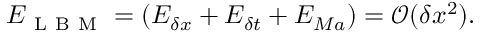
E _ { \mathrm { ~ L ~ B ~ M ~ } } = \left( E _ { \delta x } + E _ { \delta t } + E _ { M a } \right) = \mathcal { O } ( \delta x ^ { 2 } ) .